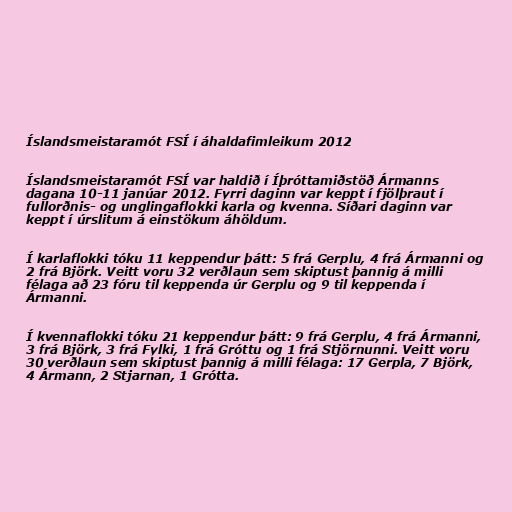
Íslandsmeistaramót FSÍ í áhaldafimleikum 2012

Íslandsmeistaramót FSÍ var haldið í Íþróttamiðstöð Ármanns
dagana 10-11 janúar 2012. Fyrri daginn var keppt í fjölþraut í
fullorðnis- og unglingaflokki karla og kvenna. Síðari daginn var
keppt í úrslitum á einstökum áhöldum.

Í karlaflokki tóku 11 keppendur þátt: 5 frá Gerplu, 4 frá Ármanni og
2 frá Björk. Veitt voru 32 verðlaun sem skiptust þannig á milli
félaga að 23 fóru til keppenda úr Gerplu og 9 til keppenda í
Ármanni.

Í kvennaflokki tóku 21 keppendur þátt: 9 frá Gerplu, 4 frá Ármanni,
3 frá Björk, 3 frá Fylki, 1 frá Gróttu og 1 frá Stjörnunni. Veitt voru
30 verðlaun sem skiptust þannig á milli félaga: 17 Gerpla, 7 Björk,
4 Ármann, 2 Stjarnan, 1 Grótta.